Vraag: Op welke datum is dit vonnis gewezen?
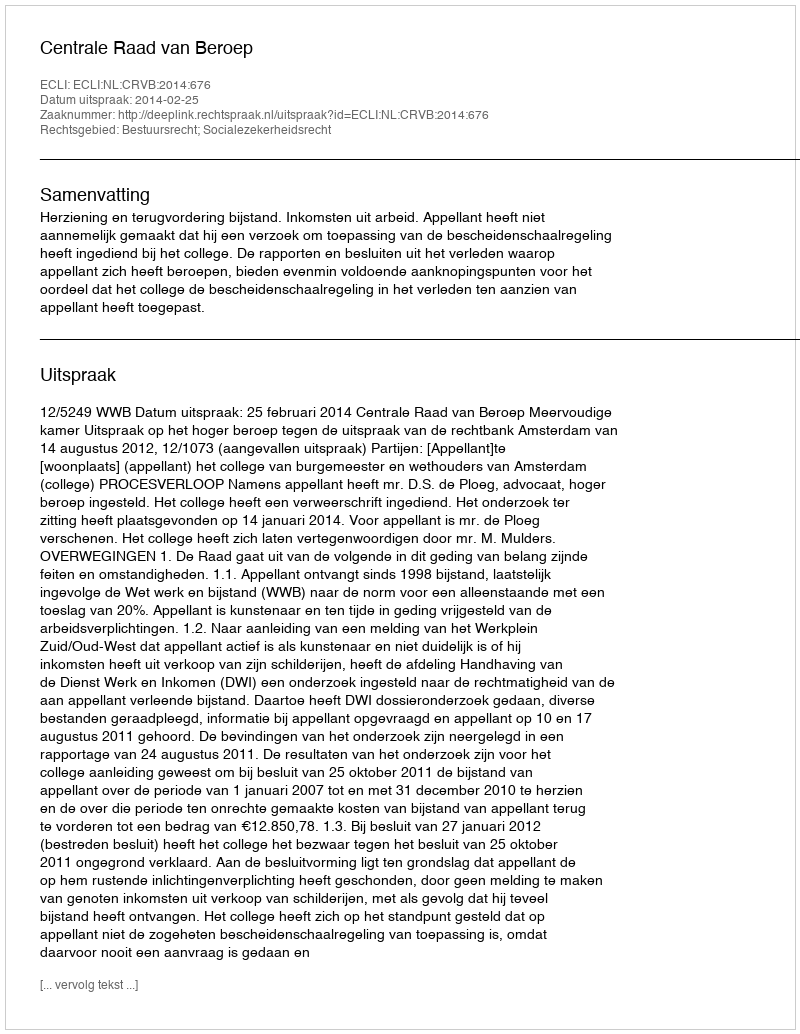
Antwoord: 2014-02-25